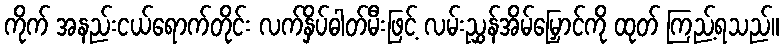
ကိုက် အနည်းငယ်ရောက်တိုင်း လက်နှိပ်ဓါတ်မီးဖြင့် လမ်းညွှန်အိမ်မြှောင်ကို ထုတ် ကြည့်ရသည်။